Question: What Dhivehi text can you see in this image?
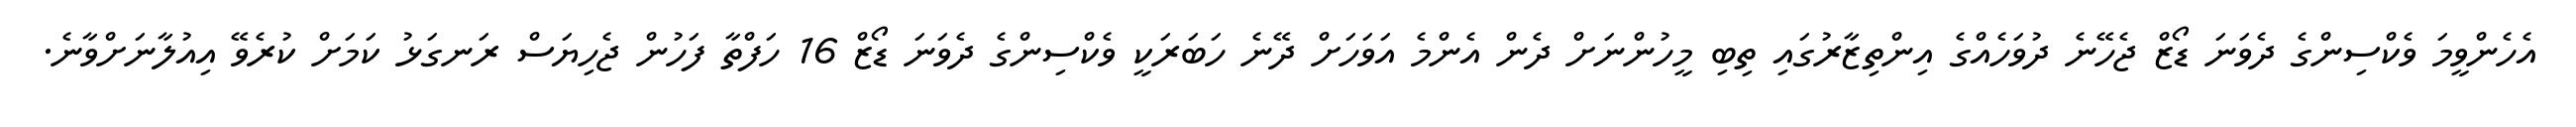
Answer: އެހެންވީމަ ވެކްސިންގެ ދެވަނަ ޑޯޒް ޖެހޭނެ ދުވަހެއްގެ އިންތިޒާރުގައި ތިބި މީހުންނަށް ދެން އެންމެ އަވަހަށް ދޭނެ ހަބަރަކީ ވެކްސިންގެ ދެވަނަ ޑޯޒް 16 ހަފްތާ ފަހުން ޖެހިޔަސް ރަނގަޅު ކަމަށް ކުރެވޭ އިއުލާނަށްވާނެ.